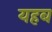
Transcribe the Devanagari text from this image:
यहब